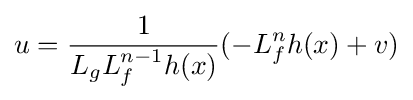
u={\frac {1}{L_{g}L_{f}^{n-1}h(x)}}(-L_{f}^{n}h(x)+v)